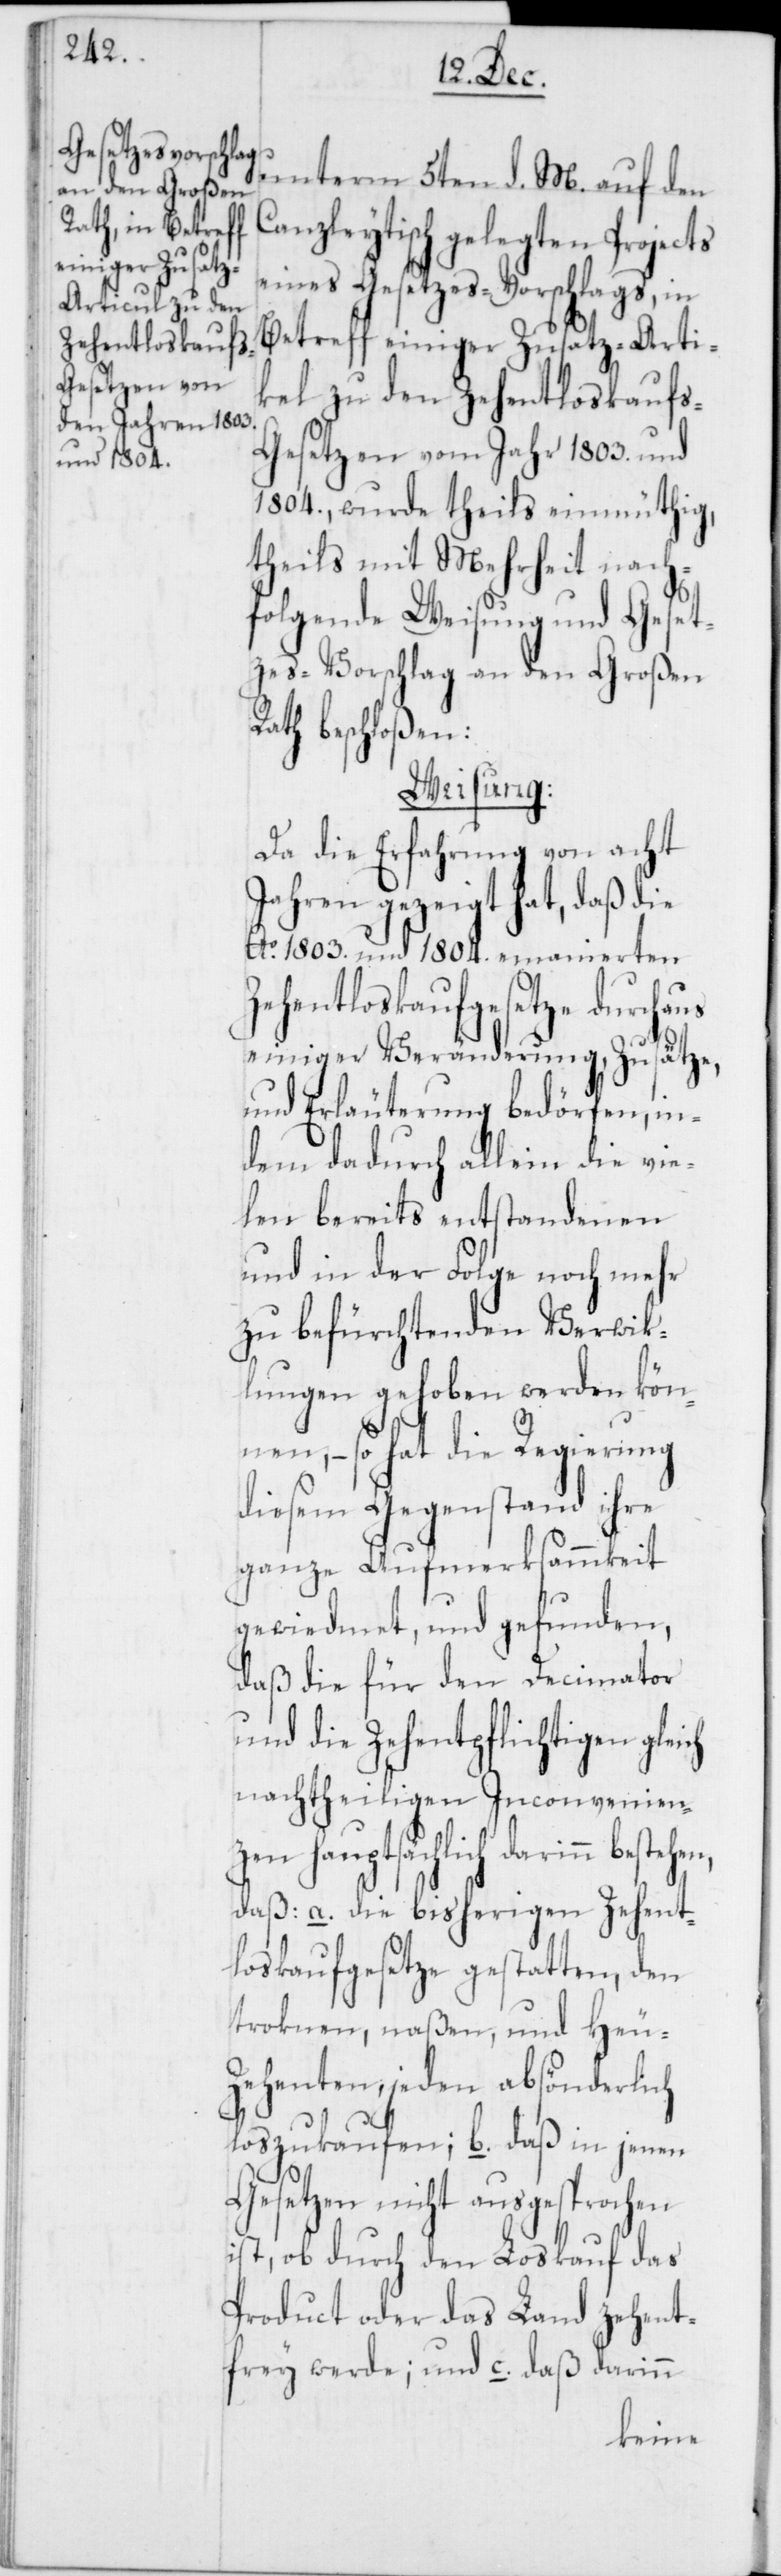
gesetze durchaus
Zehentloskaufs¬

unterm 5ten d. M. auf den
Canzleytisch gelegten Projects
eines Gesetzes-Vorschlags, in
Betreff einiger Zusatz-Arti¬
kel zu den Zehentloskaufs-G¬
esetzen vom Jahr 1803. und
1804., wurde theils einmüthig,
theils mit Mehrheit nach¬
folgende Weisung und Geset¬
zes-Vorschlag an den Großen
Rath beschloßen:
Weisung.
Da die Erfahrung von acht
Jahren gezeigt hat, daß die
Ao. 1803. und 1804. emanierten
einiger Veränderung, Zusätze
und Erläuterung bedörfen, in¬
dem dadurch allein die vie¬
len bereits entstandenen
und in der Folge noch mehr
zu befürchtenden Verwik¬
lungen gehoben werden kön¬
nen, – so hat die Regierung
diesem Gegenstand ihre
ganze Aufmerksamkeit
gewiedmet, und gefunden,
daß die für den Decimator
und die Zehentpflichtigen gleich
nachtheiligen Inconvenien¬
zen hauptsächlich darinn
daß a. die bisherigen Zehent¬
loskaufsgesetze gestatten, den
troknen, naßen und Heu-Z¬
ehenten, jeden absönderlich
loszukaufen; b. daß in jenen
Gesetzen nicht ausgesprochen
ist, ob durch den Loskauf das
Product oder das Land zehent¬
frey werde; und c. daß darinn